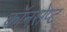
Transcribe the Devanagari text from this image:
कॉनसेप्ट